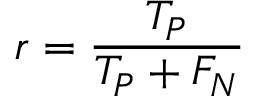
r = \frac { T _ { P } } { T _ { P } + F _ { N } }